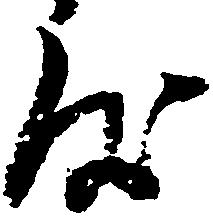
度